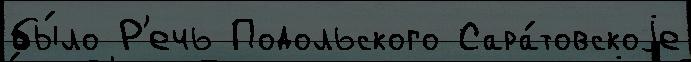
бы́ло Р'ечь Подольского Сара́товскоjе